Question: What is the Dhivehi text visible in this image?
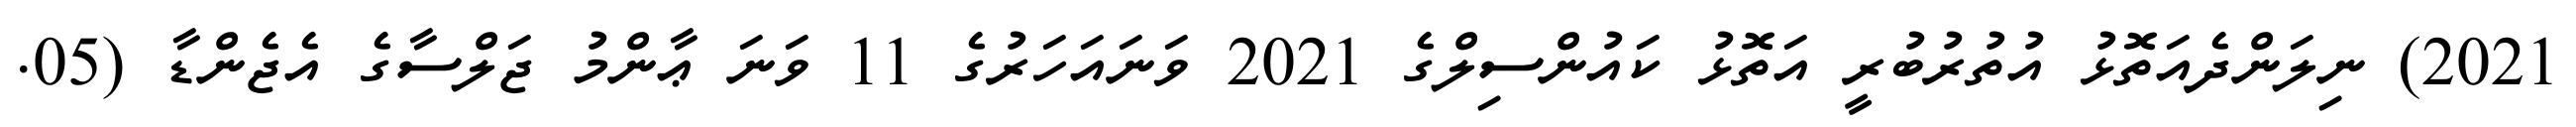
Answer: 2021) ނިލަންދެއަތޮޅު އުތުރުބުރީ އަތޮޅު ކައުންސިލްގެ 2021 ވަނައަހަރުގެ 11 ވަނަ ޢާންމު ޖަލްސާގެ އެޖެންޑާ (05.